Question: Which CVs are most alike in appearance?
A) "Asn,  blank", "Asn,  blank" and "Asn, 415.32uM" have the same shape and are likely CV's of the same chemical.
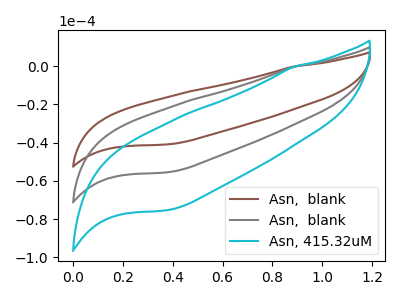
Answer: <think>The brown curve "Asn,  blank" has no peaks. The gray curve "Asn,  blank" has no peaks. The cyan curve "Asn, 415.32uM" has no peaks.
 Neither "Asn,  blank" or "Asn,  blank" have any peaks. Neither "Asn,  blank" or "Asn, 415.32uM" have any peaks. Neither "Asn,  blank" or "Asn, 415.32uM" have any peaks.</think>
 <answer>A) "Asn,  blank", "Asn,  blank" and "Asn, 415.32uM" have the same shape and are likely CV's of the same chemical.</answer>
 <eval>A</eval>